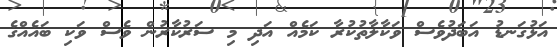
އަޅުގަނޑު އަބަދުވެސް ވަކާލާތުކުރާ ކަމެއް އަދި މި ސަރުކާރުން ވެސް ވަކި ބައެއްގެ